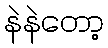
နဲနဲတော့